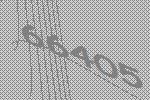
66405